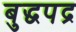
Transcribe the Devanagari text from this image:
बुद्धपद्र